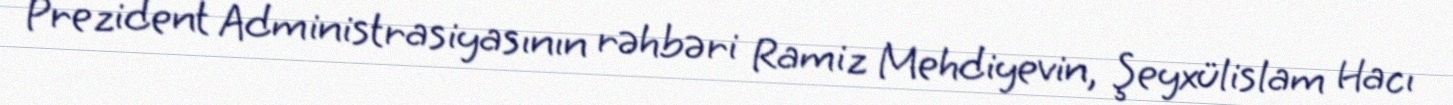
Prezident Administrasiyasının rəhbəri Ramiz Mehdiyevin, Şeyxülislam Hacı